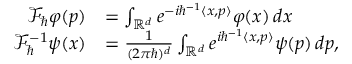
\begin{array} { r l } { \mathcal { F } _ { \hbar } \varphi ( p ) } & { = \int _ { \mathbb { R } ^ { d } } e ^ { - i \hbar ^ { - 1 } \langle x , p \rangle } \varphi ( x ) \, d x } \\ { \mathcal { F } _ { \hbar } ^ { - 1 } \psi ( x ) } & { = \frac { 1 } { ( 2 \pi \hbar ) ^ { d } } \int _ { \mathbb { R } ^ { d } } e ^ { i \hbar ^ { - 1 } \langle x , p \rangle } \psi ( p ) \, d p , } \end{array}